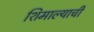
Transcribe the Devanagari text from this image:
शिमाल्याची